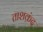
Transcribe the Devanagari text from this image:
ताशक़ंद